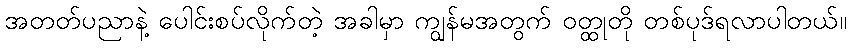
အတတ်ပညာနဲ့ ပေါင်းစပ်လိုက်တဲ့ အခါမှာ ကျွန်မအတွက် ဝတ္ထုတို တစ်ပုဒ်ရလာပါတယ်။